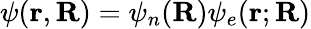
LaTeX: \psi(\mathbf{r},\mathbf{R})=\psi_{n}(\mathbf{R})\psi_{e}(\mathbf{r};\mathbf{R})